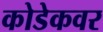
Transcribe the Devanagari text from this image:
कोडेकवर